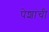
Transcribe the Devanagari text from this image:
पेशांची